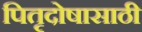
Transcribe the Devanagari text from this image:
पितृदोषासाठी